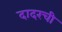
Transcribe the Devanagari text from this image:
दादरची